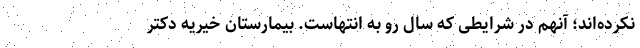
نکرده‌اند؛ آنهم در شرایطی که سال رو به انتهاست. بیمارستان خیریه دکتر